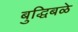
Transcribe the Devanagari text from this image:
बुद्धिबळे